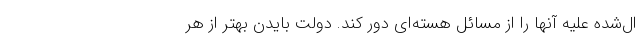
ال‌شده علیه آنها را از مسائل هسته‌ای دور کند. دولت بایدن بهتر از هر